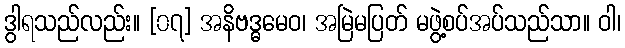
ဒွါရသည်လည်း။ [၀၇] အနိဗဒ္ဓမေဝ၊ အမြဲမပြတ် မဖွဲ့စပ်အပ်သည်သာ။ ဝါ၊